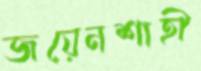
জয়েনশাহী